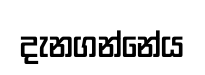
දැනගන්නේය